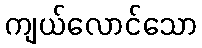
ကျယ်လောင်သော